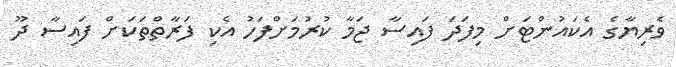
ވެރިޔާގެ އެކައުންޓަށް މިފަދަ ފައިސާ ޖަމާ ކުރުމަށްފަހު އެކި ފަރާތްތަކަށް ފައިސާ ދޫ